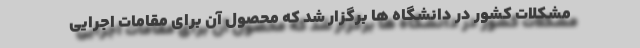
مشکلات کشور در دانشگاه ها برگزار شد که محصول آن برای مقامات اجرایی